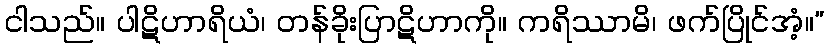
ငါသည်။ ပါဋိဟာရိယံ၊ တန်ခိုးပြာဋိဟာကို။ ကရိဿာမိ၊ ဖက်ပြိုင်အံ့။”